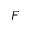
F